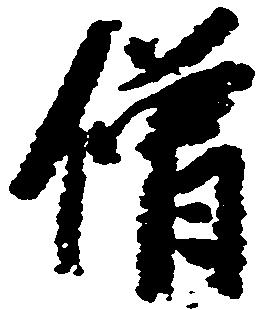
僧